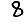
Digit: 8